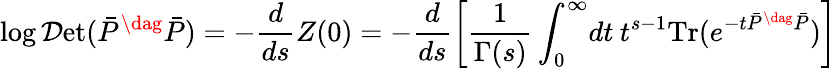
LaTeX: \log{\cal D}\mathrm{et}(\bar{P}^{\dag}\bar{P})=-\frac{d}{ds}Z(0)=-\frac{d}{ds}\left[\frac{1}{\Gamma(s)}\int_{0}^{\infty}\! dt\: t^{s-1}\mathrm{Tr}(e^{-t\bar{P}^{\dag}\bar{P}})\right]